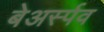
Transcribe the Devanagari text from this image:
बेअर्स्पव